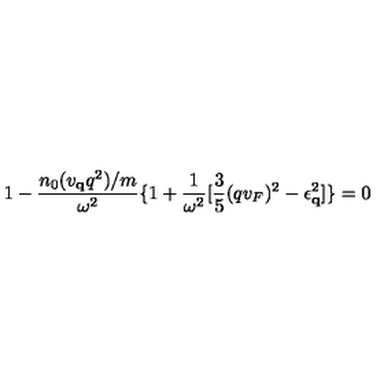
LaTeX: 1 - \frac { n _ { 0 } ( v _ { { \bf { q } } } q ^ { 2 } ) / m } { \omega ^ { 2 } } \{ 1 + \frac { 1 } { \omega ^ { 2 } } [ \frac { 3 } { 5 } ( q v _ { F } ) ^ { 2 } - \epsilon _ { { \bf { q } } } ^ { 2 } ] \} = 0